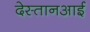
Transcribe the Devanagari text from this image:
देस्तानआई